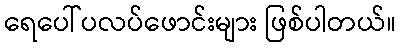
ရေပေါ်ပလပ်ဖောင်းများ ဖြစ်ပါတယ်။